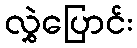
လွှဲပြောင်း